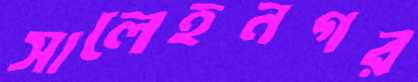
সালেহনগর